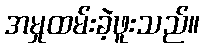
အမှုထမ်းခဲ့ဖူးသည်။